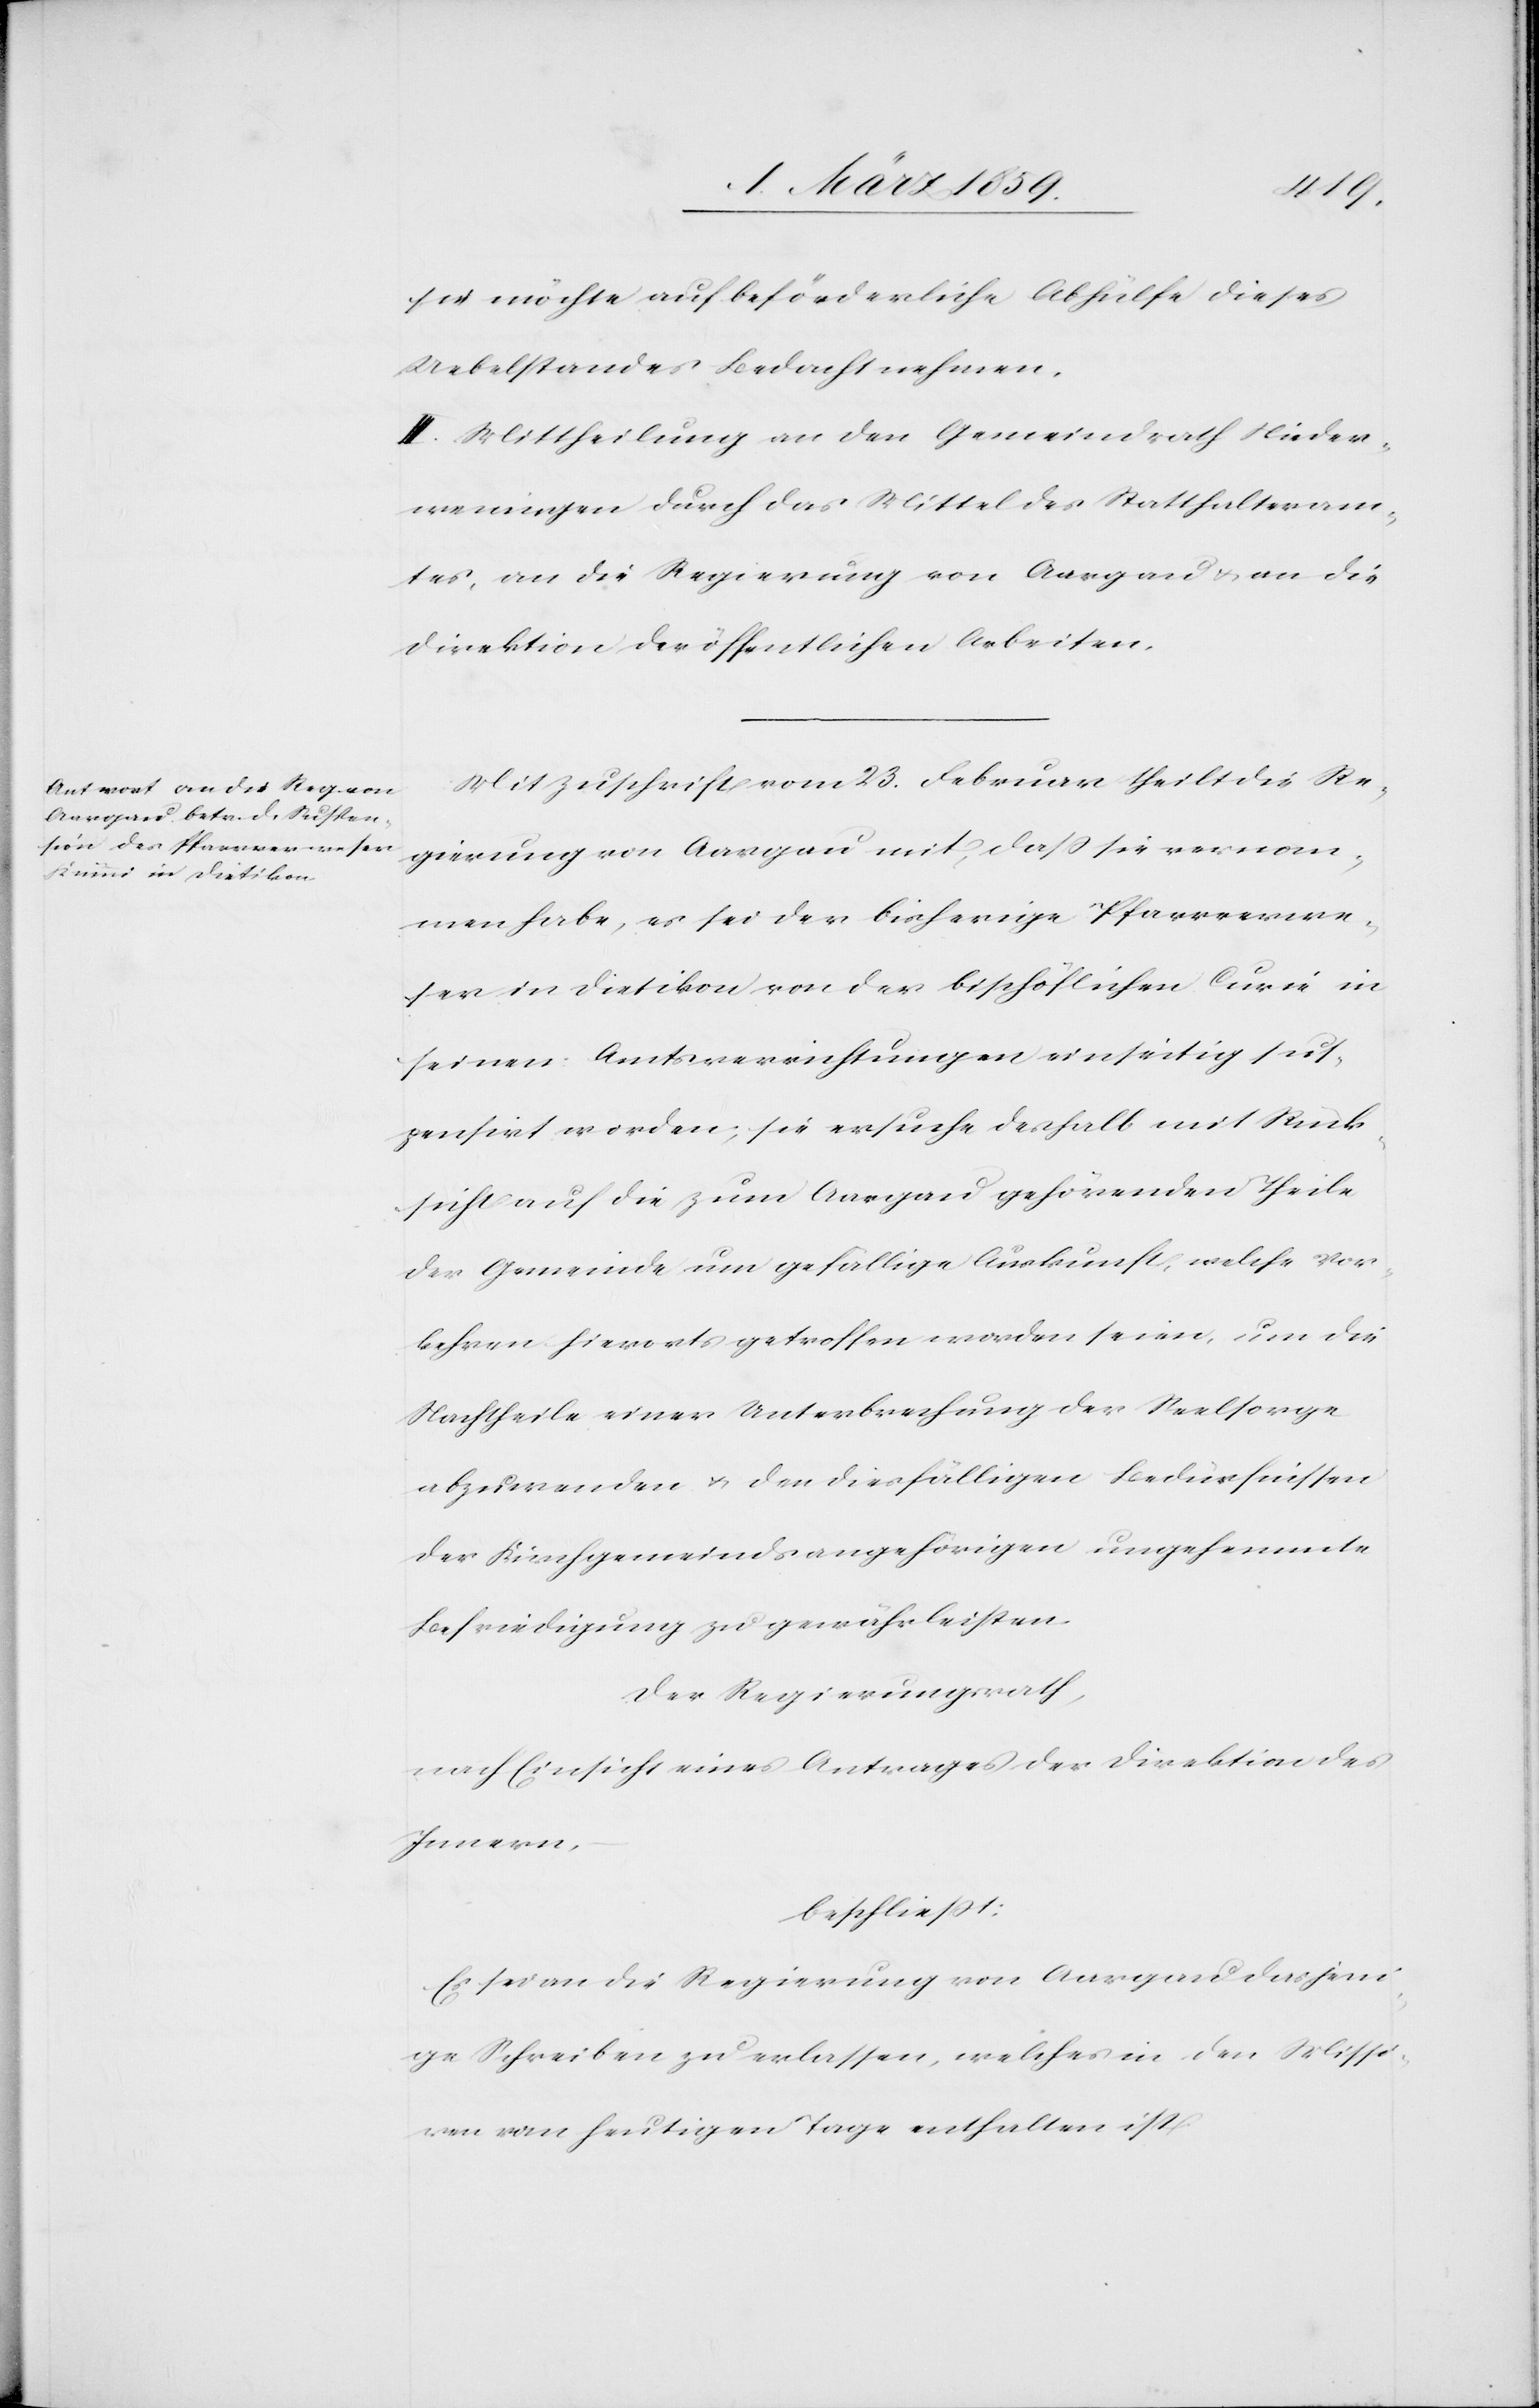
nsirt
sie möchte auf beförderliche Abhülfe dieses
Uebelstandes Bedacht nehmen.
III. Mittheilung an den Gemeindrath Nieder¬
weningen durch das Mittel des Statthalteram¬
tes, an die Regierung von Aargau u. an die
Direktion der öffentlichen Arbeiten.
Mit Zuschrift vom 23. Februar theilt die Re¬
gierung von Aargau mit, daß sie vernom¬
men habe, es sei der bisherige Pfarrverwe¬
ser in Dietikon von der bischöflichen Curie in
seinen Amtsverrichtungen einseitig suspe¬
suspendirt] worden; sie ersuche deshalb mit Rück¬
sicht auf die zum Aargau gehörenden Theile
der Gemeinde um gefällige Auskunft, welche Vor¬
kehren hierorts getroffen worden seien, um die
Nachtheile einer Unterbrechung der Seelsorge
abzuwenden u. den diesfälligen Bedürfnissen
der Kirchgemeindsangehörigen ungehemmte
Befriedigung zu gewährleisten.
Der Regierungsrath,
nach Einsicht eines Antrages der Direktion des
Innern,
beschließt:
Es sei an die Regierung von Aargau dasjeni¬
ge Schreiben zu erlassen, welches in den Missi¬
ven vom heutigen Tage enthalten ist.